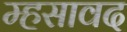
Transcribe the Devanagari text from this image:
म्हसावद